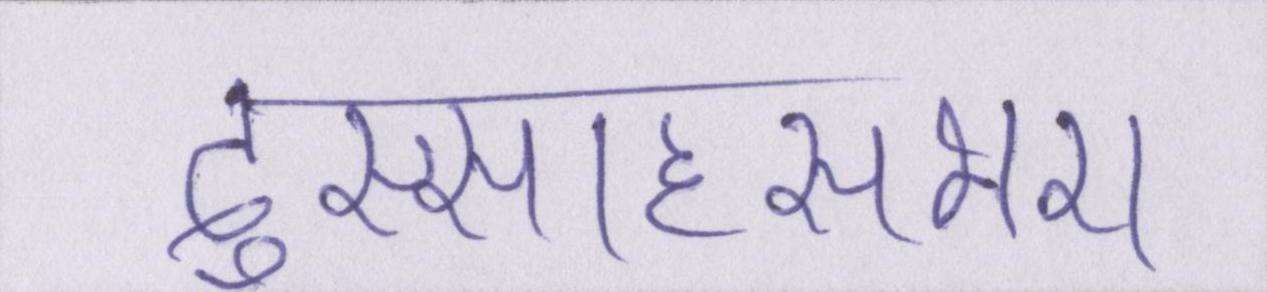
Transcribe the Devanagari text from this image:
दुस्साहसभरा